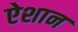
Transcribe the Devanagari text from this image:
ऐशान